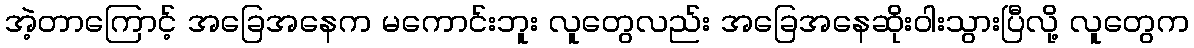
အဲ့တာကြောင့် အခြေအနေက မကောင်းဘူး လူတွေလည်း အခြေအနေဆိုးဝါးသွားပြီလို့ လူတွေက